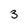
Character: 3